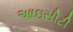
આઇસીટી